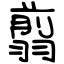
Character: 翦